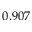
0 . 9 0 7